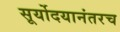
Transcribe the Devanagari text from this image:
सूर्योदयानंतरच